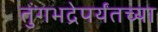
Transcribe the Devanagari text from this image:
तुंगभद्रेपर्यंतच्या